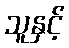
သူနှင့်